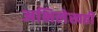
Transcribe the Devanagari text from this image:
अभिलेखही